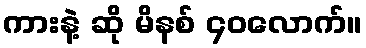
ကားနဲ့ ဆို မိနစ် ၄၀လောက်။